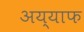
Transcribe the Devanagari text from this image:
अय्याफ